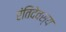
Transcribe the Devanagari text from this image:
रंतिदेवस्य